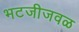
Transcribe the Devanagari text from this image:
भटजीजवळ